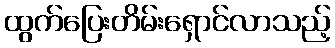
ထွက်ပြေးတိမ်းရှောင်လာသည့်